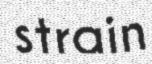
strain